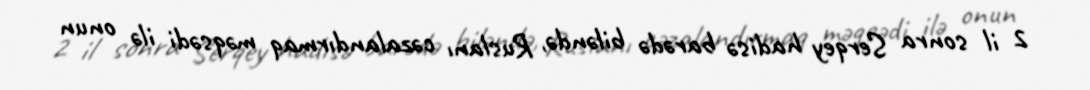
2 il sonra Serqey hadisə barədə biləndə, Ruslanı cəzalandırmaq məqsədi ilə onun